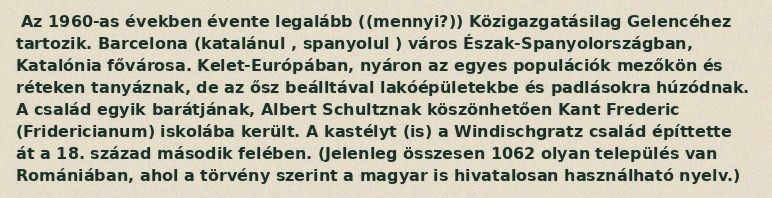
Az 1960-as években évente legalább ((mennyi?)) Közigazgatásilag Gelencéhez tartozik. Barcelona (katalánul , spanyolul ) város Észak-Spanyolországban, Katalónia fővárosa. Kelet-Európában, nyáron az egyes populációk mezőkön és réteken tanyáznak, de az ősz beálltával lakóépületekbe és padlásokra húzódnak. A család egyik barátjának, Albert Schultznak köszönhetően Kant Frederic (Fridericianum) iskolába került. A kastélyt (is) a Windischgratz család építtette át a 18. század második felében. (Jelenleg összesen 1062 olyan település van Romániában, ahol a törvény szerint a magyar is hivatalosan használható nyelv.)